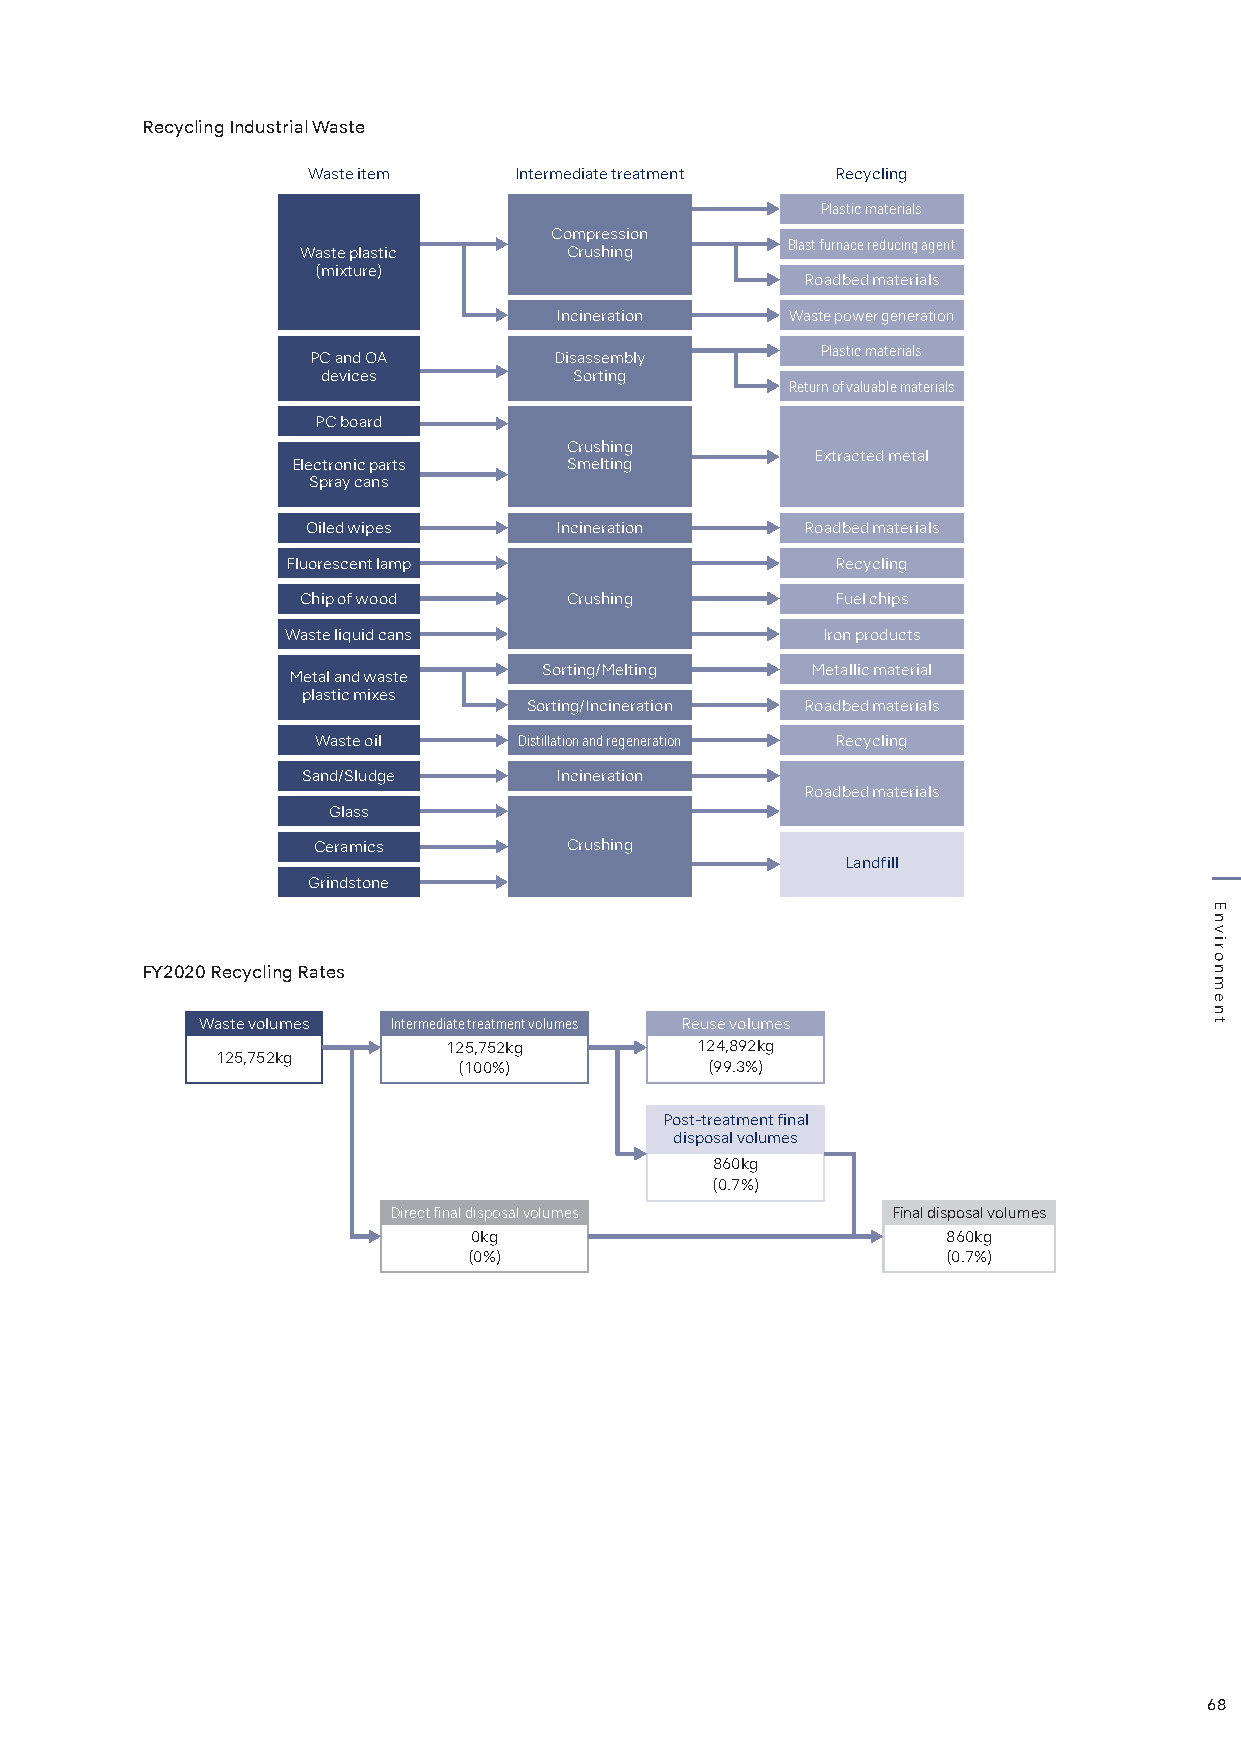
Recycling Industrial Waste
 Waste item    Intermediate treatment Recycling
 Plastic materials
 Compression
 Blast furnace reducing agent
 Waste plastic    Crushing
 (mixture)
 Roadbed materials
 Incineration   Waste power generation
 Plastic materials
 PC and OA       Disassembly
 devices          Sorting
 Return of valuable materials
 PC board
 Crushing
 Extracted metal
 Electronic parts   Smelting
 Spray cans
 Oiled wipes      Incineration    Roadbed materials
 Fluorescent lamp                    Recycling
 Chip of wood     Crushing          Fuel chips
 Waste liquid cans                  Iron products
 Sorting/Melting   Metallic material
 Metal and waste
 plastic mixes
 Sorting/Incineration Roadbed materials
 Waste oil    Distillation and regeneration Recycling
 Sand/Sludge      Incineration
 Roadbed materials
 Glass
 Ceramics        Crushing
 Landfill
 Grindstone
 FY2020 Recycling Rates
 Waste volumes Intermediate treatment volumes Reuse volumes
 125,752kg       124,892kg
 125,752kg
 (100%)           (99.3%)
 Post-treatment final
 disposal volumes
 860kg
 (0.7%)
 Direct final disposal volumes    Final disposal volumes
 0kg                             860kg
 (0%)                            (0.7%)
 68
 Environment